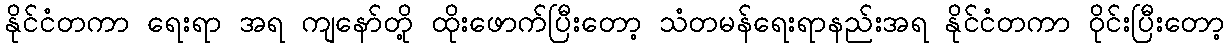
နိုင်ငံတကာ ရေးရာ အရ ကျနော်တို့ ထိုးဖောက်ပြီးတော့ သံတမန်ရေးရာနည်းအရ နိုင်ငံတကာ ဝိုင်းပြီးတော့